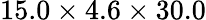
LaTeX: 15.0\times 4.6\times 30.0